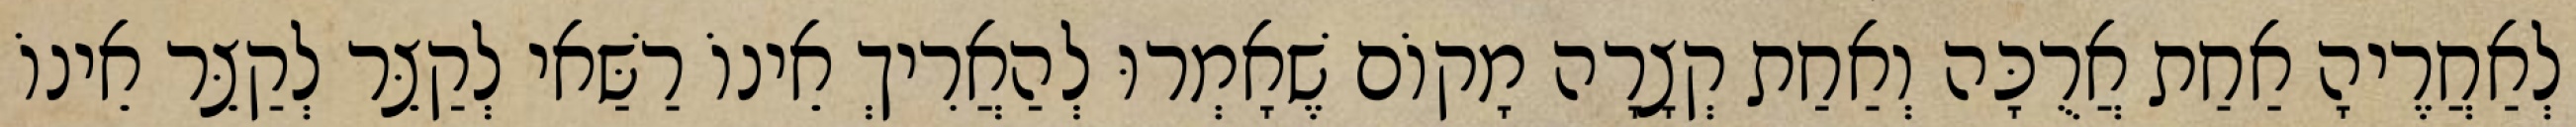
לְאַחֲרֶיהָ אַחַת אֲרֻכָּה וְאַחַת קְצָרָה מָקוֹם שֶׁאָמְרוּ לְהַאֲרִיךְ אֵינוֹ רַשַּׁאי לְקַצֵּר לְקַצֵּר אֵינוֹ